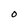
Character: O